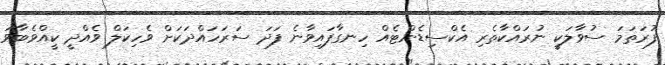
ފުރަތަމަ ސުވާލަކީ ނުރައްކާތެރި އެކްސިޑެންޓެއް ހިނގާފައިވާނެ ފަދަ ސަރަހައްދަކަށް ވެހިކަލް ވެއްދީ ކީއްވެބާވަ